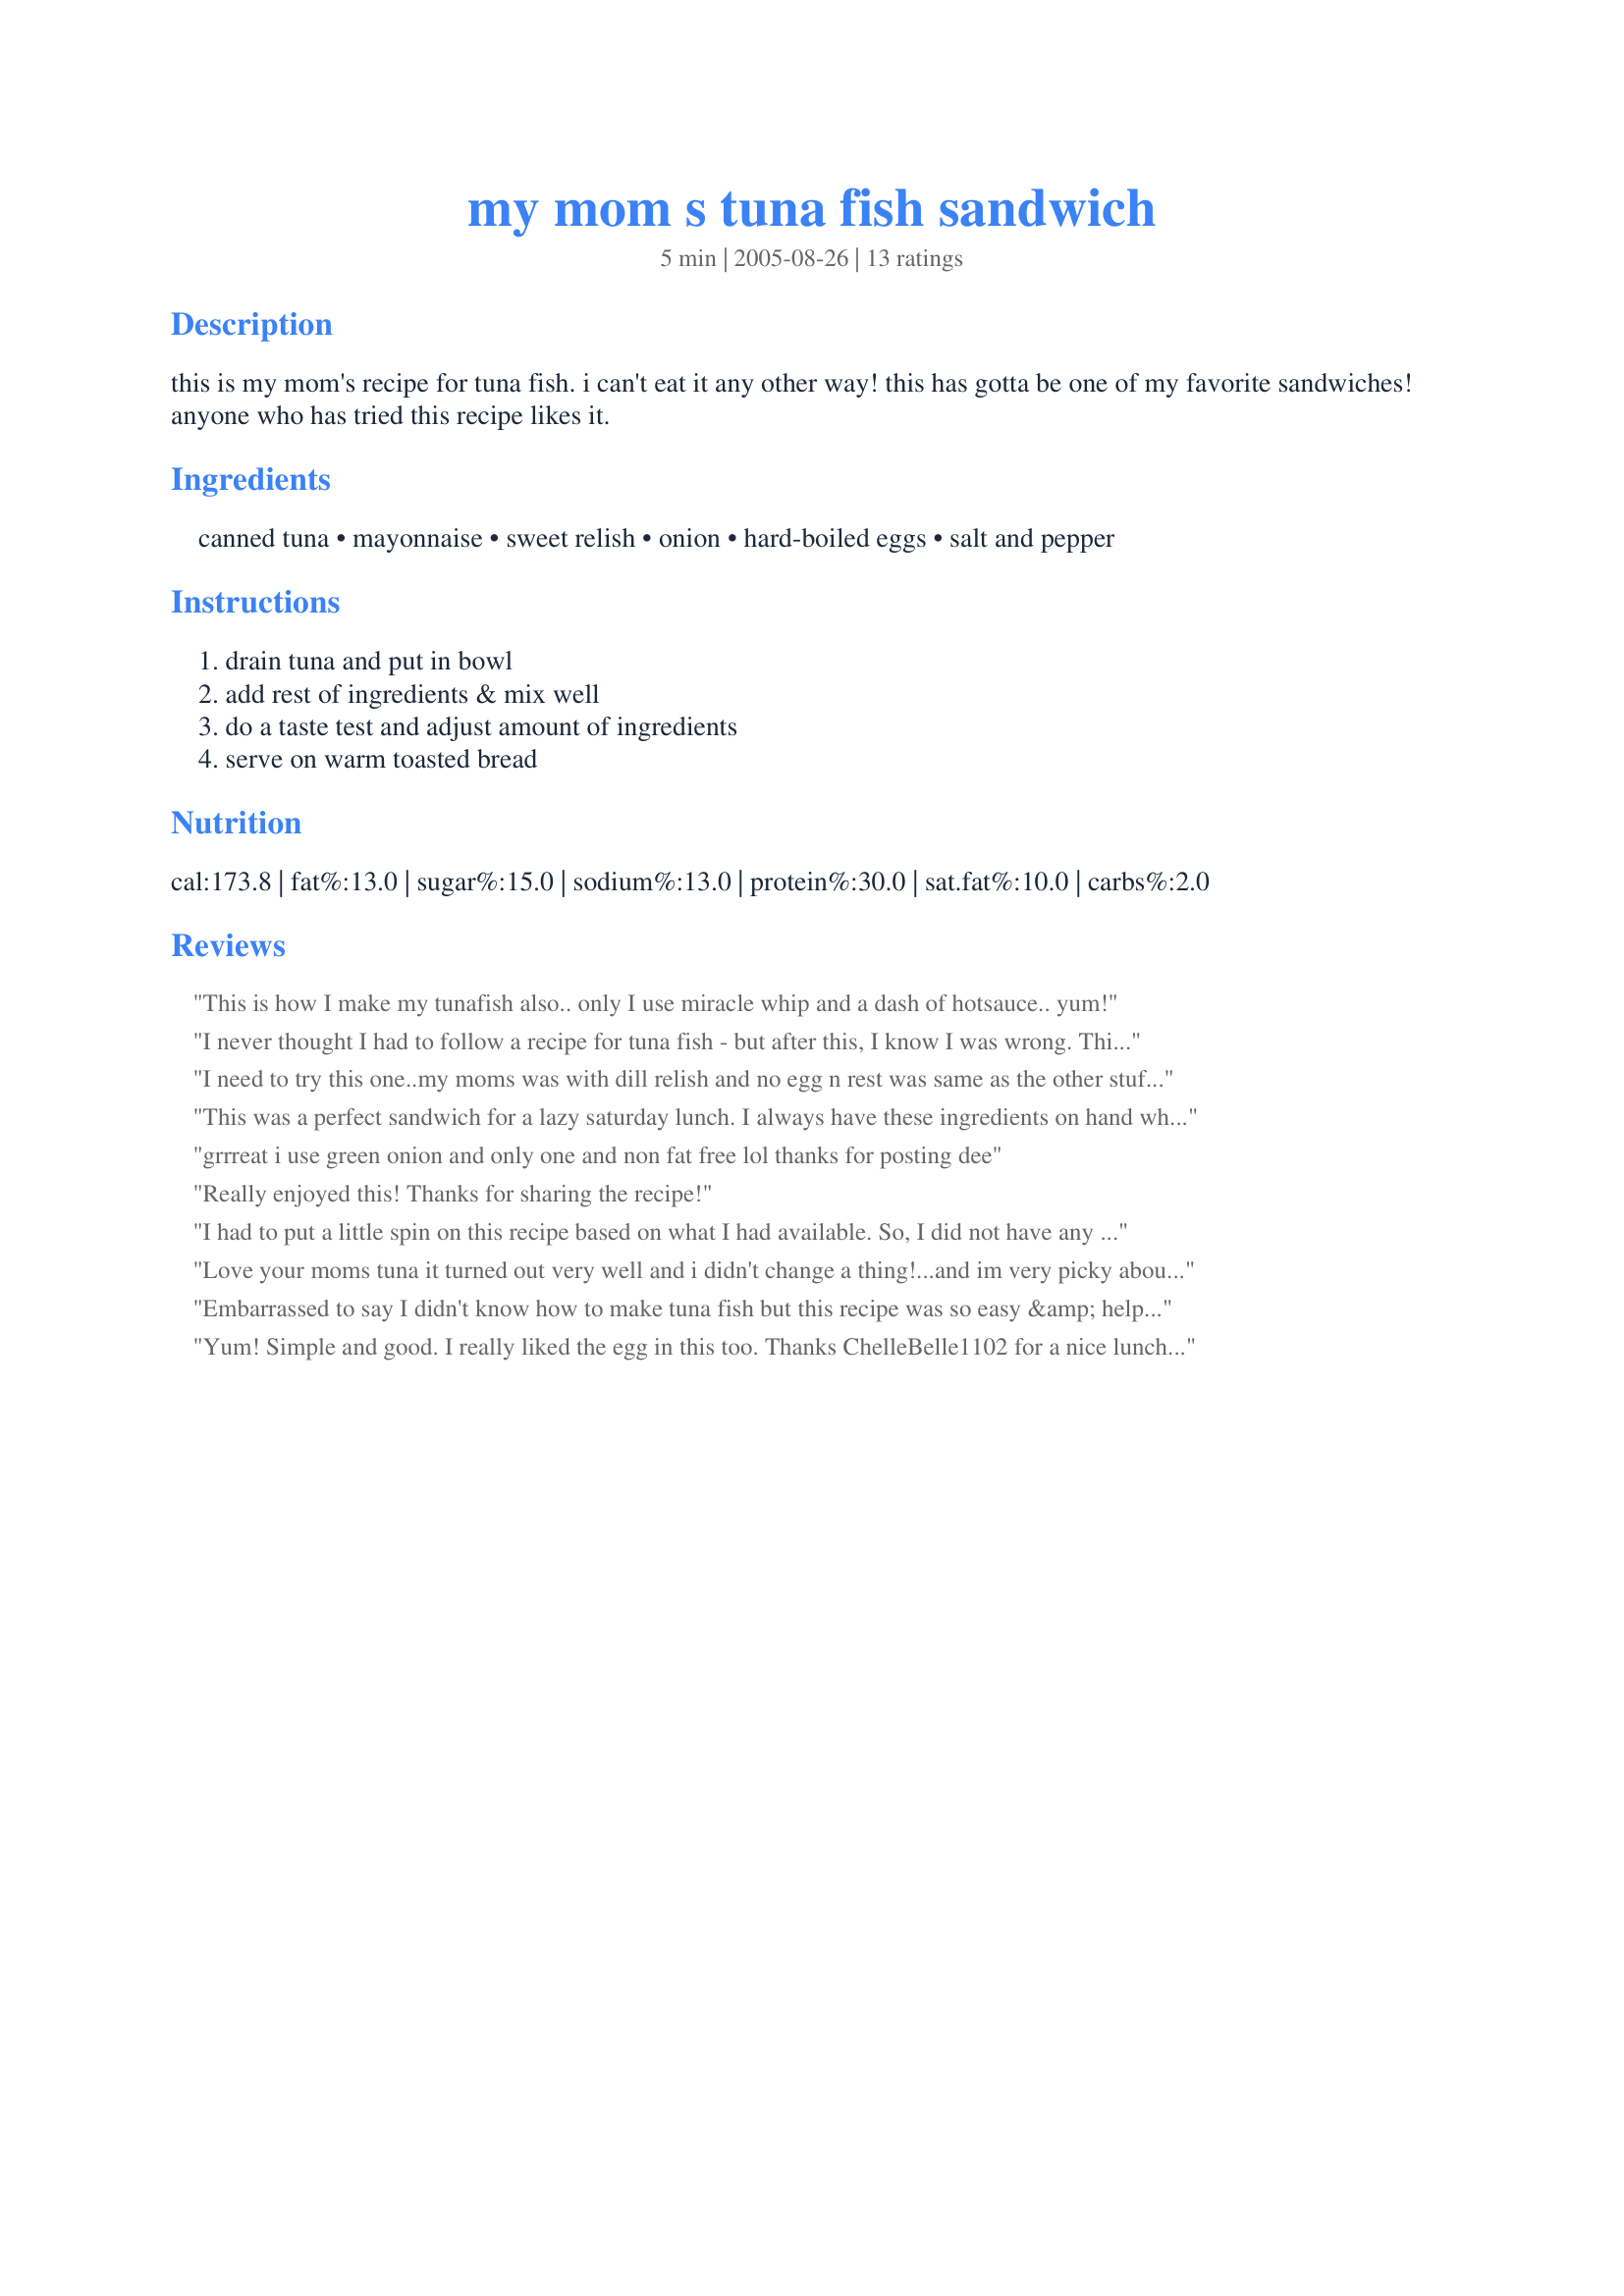
my mom s tuna fish sandwich
Preparation time: 5 minutes

this is my mom's recipe for tuna fish. i can't eat it any other way! this has gotta be one of my favorite sandwiches! anyone who has tried this recipe likes it.

Ingredients:
canned tuna, mayonnaise, sweet relish, onion, hard-boiled eggs, salt and pepper

Steps:
drain tuna and put in bowl, add rest of ingredients & mix well, do a taste test and adjust amount of ingredients, serve on warm toasted bread

Reviews:
This is how I make my tunafish also.. only I use miracle whip and a dash of hotsauce.. yum!
I never thought I had to follow a recipe for tuna fish - but after this, I know I was wrong. This is the way tuna fish tastes when you order it in a restaurant - it's wonderful. I have made it so much since I first found the recipe, my husband (who loves tuna fish) has said - "Help-give me a break. I'm about tuna fished out!" Oh well, I'm not. Thanks for a great recipe.
I need to try this one..my moms was with dill relish and no egg n rest was same as the other stuff....only way I can eat it...tried others but I might add the egg to mine to see how that tastes.
This was a perfect sandwich for a lazy saturday lunch. I always have these ingredients on hand which is also nice. I might have used just a bit more mayonnaise than it called for but otherwise made as directed. The recipe is so simple but so good. Thanks so much for posting! Made for Pick-A-Chef Fall 2009.
grrreat i use green onion and only one and non fat free lol thanks for posting dee
Really enjoyed this! Thanks for sharing the recipe!
I had to put a little spin on this recipe based on what I had available. So, I did not have any sweet relish in the house, instead I used some olives and diced those up. Did not have onions either, so I substituted that with a bit of onion powder. Still turned out delicious and wanted to share my thanks and suggestions for an alternative take on this recipe. Good eats!
Love your moms tuna it turned out very well and i didn't change a thing!...and im very picky about my tuna!...thanks for sharing!...will be looking for more of your easy and ?? tasty recipes!.. Have a good day!
Embarrassed to say I didn't know how to make tuna fish but this recipe was so easy &amp; helpful it turned out delicious. I surprised myself lol. Thanks for sharing
Yum! Simple and good. I really liked the egg in this too. Thanks ChelleBelle1102 for a nice lunch. Made for Cookbook Tag.
Forgot to add the eggs but other than that great sandwich, thank you.
Great recipe for doctoring up tuna. Used it in a pinch right before my daughter went to school, so I didn't have any eggs. I used less than 3 T mayo and it was great. I only used 1/2 an onion. I was so confident this recipe would make my husband a tuna sandwich lover that I did the open-your- mouth-and-close-your-eyes routine. Okay he didn't appreciate it... and he really doesn't like tuna fish after all. : )
quite easy to make and it tastes great! thanks for sharing this recipe!
